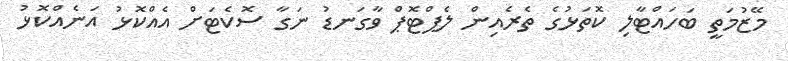
މޭޒުމަތީ ބަހައްޓާލި ކޮތަޅުގެ ތެރެއިން ލެޕްޓޮޕް ވާގަނޑު ނަގާ ސޮކެޓަށް އެއްކޮޅު އަނެއްކޮޅު